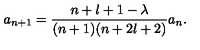
a _ { n + 1 } = \frac { n + l + 1 - \lambda } { ( n + 1 ) ( n + 2 l + 2 ) } a _ { n } .